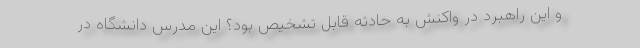
و این راهبرد در واکنش به حادثه قابل تشخیص بود؟ این مدرس دانشگاه در